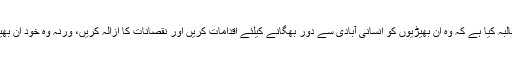
مقامی لوگوں نے محکمہ تحفظ حیوانات سے مطالبہ کیا ہے کہ وہ ان بھیڑیوں کو انسانی آبادی سے دور بھگانے کیلئے اقدامات کریں اور نقصانات کا ازالہ کریں، ورنہ وہ خود ان بھیڑیوں کیخلاف ہتھیا ر اٹھانے پر مجبور ہونگے۔